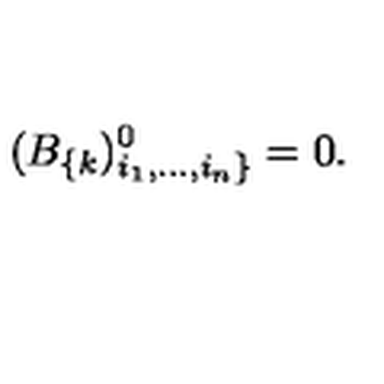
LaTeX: ( B _ { \{ k } ) _ { i _ { 1 } , . . . , i _ { n } \} } ^ { 0 } = 0 .